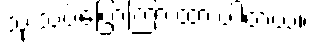
သုံးသပ်ပြောကြားထားပါတယ်။